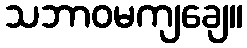
သဘာဝမကျချေ။